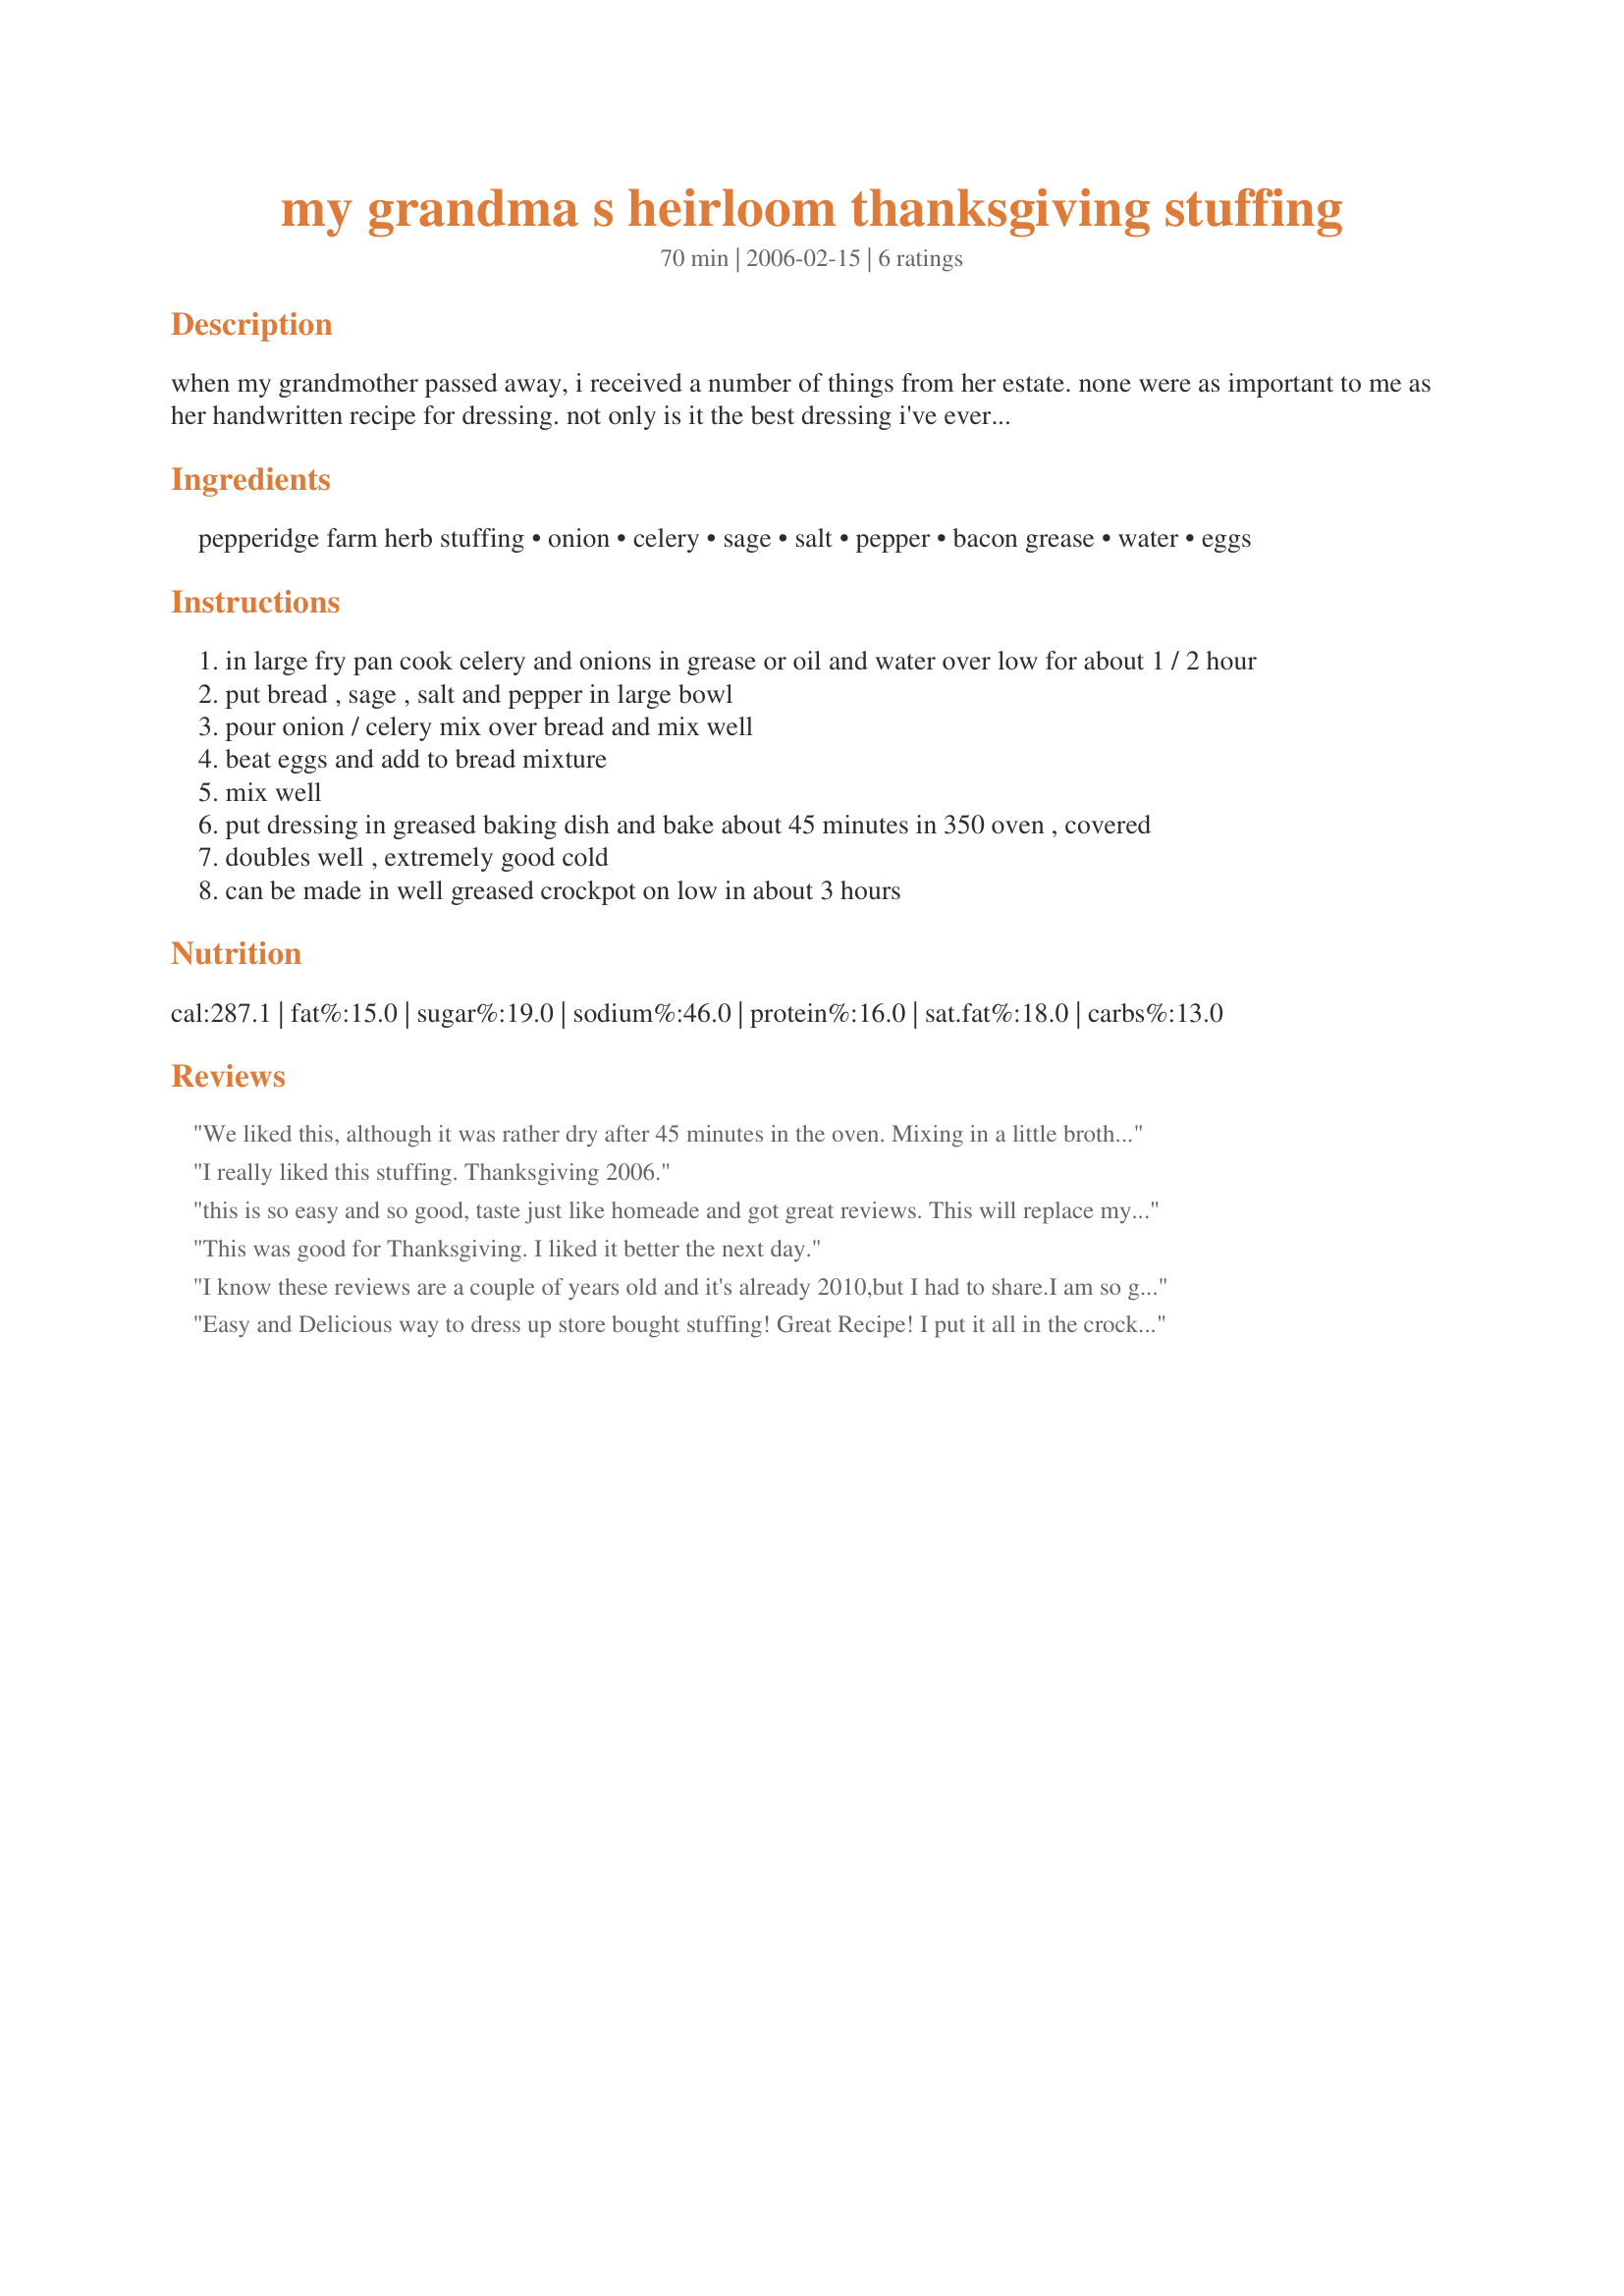
my grandma s heirloom thanksgiving stuffing
Preparation time: 70 minutes

when my grandmother passed away, i received a number of things from her estate. none were as important to me as her handwritten recipe for dressing.

not only is it the best dressing i've ever tasted, but it's also not too "sage"y...wonderful for those of us who don't adore sage. i add mushrooms and sometimes finely chopped oysters for personal preference.

the shared secret recipe is written out on "general shale brick" notepaper, the company my grandfather worked for before he died.

Ingredients:
pepperidge farm herb stuffing, onion, celery, sage, salt, pepper, bacon grease, water, eggs

Steps:
in large fry pan cook celery and onions in grease or oil and water over low for about 1 / 2 hour
put bread , sage , salt and pepper in large bowl
pour onion / celery mix over bread and mix well
beat eggs and add to bread mixture
mix well
put dressing in greased baking dish and bake about 45 minutes in 350 oven , covered
doubles well , extremely good cold
can be made in well greased crockpot on low in about 3 hours

Reviews:
We liked this, although it was rather dry after 45 minutes in the oven. Mixing in a little broth or water brings it right back to life. I would have never thought to add bacon grease to stuffing, but it adds a nice flavor.
I really liked this stuffing. Thanksgiving 2006.
this is so easy and so good, taste just like homeade and got great reviews. This will replace my homeade dressing that takes hrs to make and tastes even better.
This was good for Thanksgiving. I liked it better the next day.
I know these reviews are a couple of years old and it's already 2010,but I had to share.<br/>I am so glad I came across this recipe. My mom passed down the exact same recipe to me years ago and I get nothing but raves about my stuffing. I truly believe the grease is the ultimate ingredient and gives it the best taste. I have also used chicken grease after frying up chicken and I think it turned out even better. I was curious,so I googled this to see if anyone uses grease in their stuffing. I tell everyone it has a "special ingredient" in it! LOL<br/>I remember years ago when she was teaching me how to make it,I had run out of broth and she said use some grease. I swear after that I add it every year now! So,if you have never tried it,try it! You won't be dissapointed!
Easy and Delicious way to dress up store bought stuffing! Great Recipe! I put it all in the crockpot on low for 3 hours as stated. I had to add extra chicken stock to the recipe to keep the stuffing moist while it cooked. Thanks Tornado Ali.
